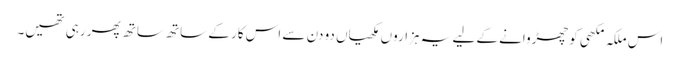
اس ملکہ مکھی کو چھڑوانے کے لیے یہ ہزاروں مکھیاں دو دن سے اس کار کے ساتھ ساتھ پھر رہی تھیں۔